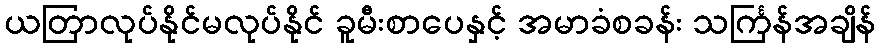
ယတြာလုပ်နိုင်မလုပ်နိုင် ခူမီးစာပေနှင့် အမာခံစခန်း သင်္ကြန်အချိန်